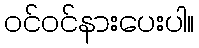
ဝင်ဝင်နားပေးပါ။